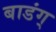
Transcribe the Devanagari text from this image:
बाडंग्